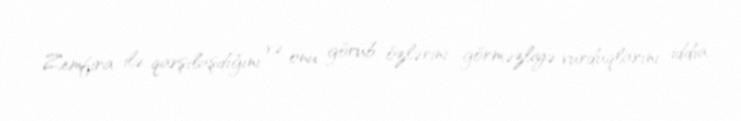
Zemfira ilə qarşılaşdığını və onu görüb özlərini görməzliyə vurduqlarını iddia